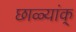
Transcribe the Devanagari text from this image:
छाळ्यांक्